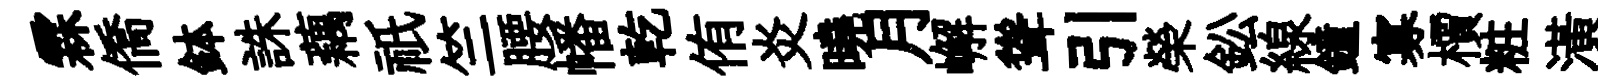
霖僑鉢誅藕祇竺腰幡乾侑炎曉月嶰聳引榮鈆線鐘寡檟粧潢